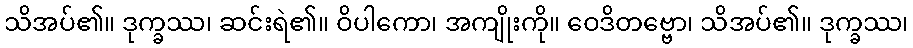
သိအပ်၏။ ဒုက္ခဿ၊ ဆင်းရဲ၏။ ဝိပါကော၊ အကျိုးကို။ ဝေဒိတဗ္ဗော၊ သိအပ်၏။ ဒုက္ခဿ၊